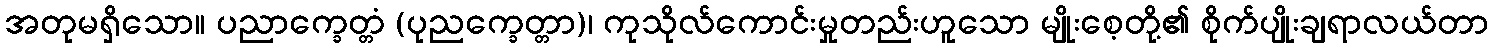
အတုမရှိသော။ ပညာက္ခေတ္တံ (ပုညက္ခေတ္တာ)၊ ကုသိုလ်ကောင်းမှုတည်းဟူသော မျိုးစေ့တို့၏ စိုက်ပျိုးချရာလယ်တာ